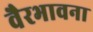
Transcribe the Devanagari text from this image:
वैरभावना